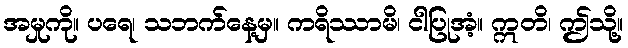
အမှုကို။ ပရေ၊ သဘက်နေ့မှ။ ကရိဿာမိ၊ ငါပြုအံ့။ ဣတိ၊ ဤသို့။